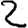
Digit: 2